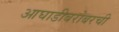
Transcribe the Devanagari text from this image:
आघाडीबरोबरची